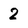
Character: 2